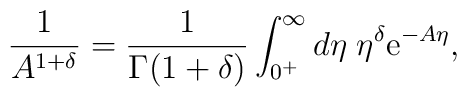
\frac{1}{A^{1 + \delta}} = \frac{1}{\Gamma (1 + \delta)} \int_{0^+}^{\infty}d\eta \; \eta^{\delta} {\rm e}^{- A \eta},